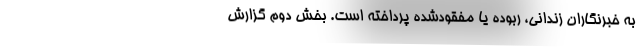
به خبرنگاران زندانی، ربوده یا مفقود‌شده پرداخته است. بخش دوم گزارش